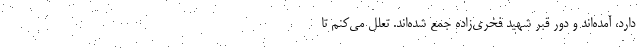
دارد، آمده‌اند و دور قبر شهید فخری‌زاده جمع شده‌اند. تعلل می‌کنم تا